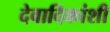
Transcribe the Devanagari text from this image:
देवादिकांशी